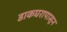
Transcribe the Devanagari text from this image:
डाकघरापासून